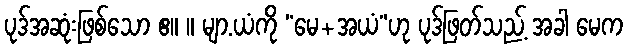
ပုဒ်အဆုံးဖြစ်သော ဧ။ ။ မျာ.ယံကို “မေ+အယံ”ဟု ပုဒ်ဖြတ်သည့် အခါ မေက